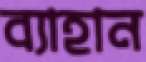
ব্যাহান